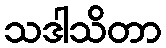
သဒါသိတာ